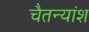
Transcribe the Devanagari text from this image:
चैतन्यांश